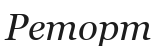
Реторт